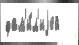
фам'и́л'иjей